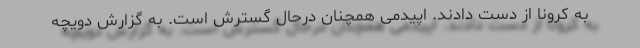
به کرونا از دست دادند. اپیدمی همچنان درحال گسترش است. به گزارش دویچه